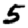
Digit: 5